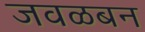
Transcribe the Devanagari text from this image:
जवळबन